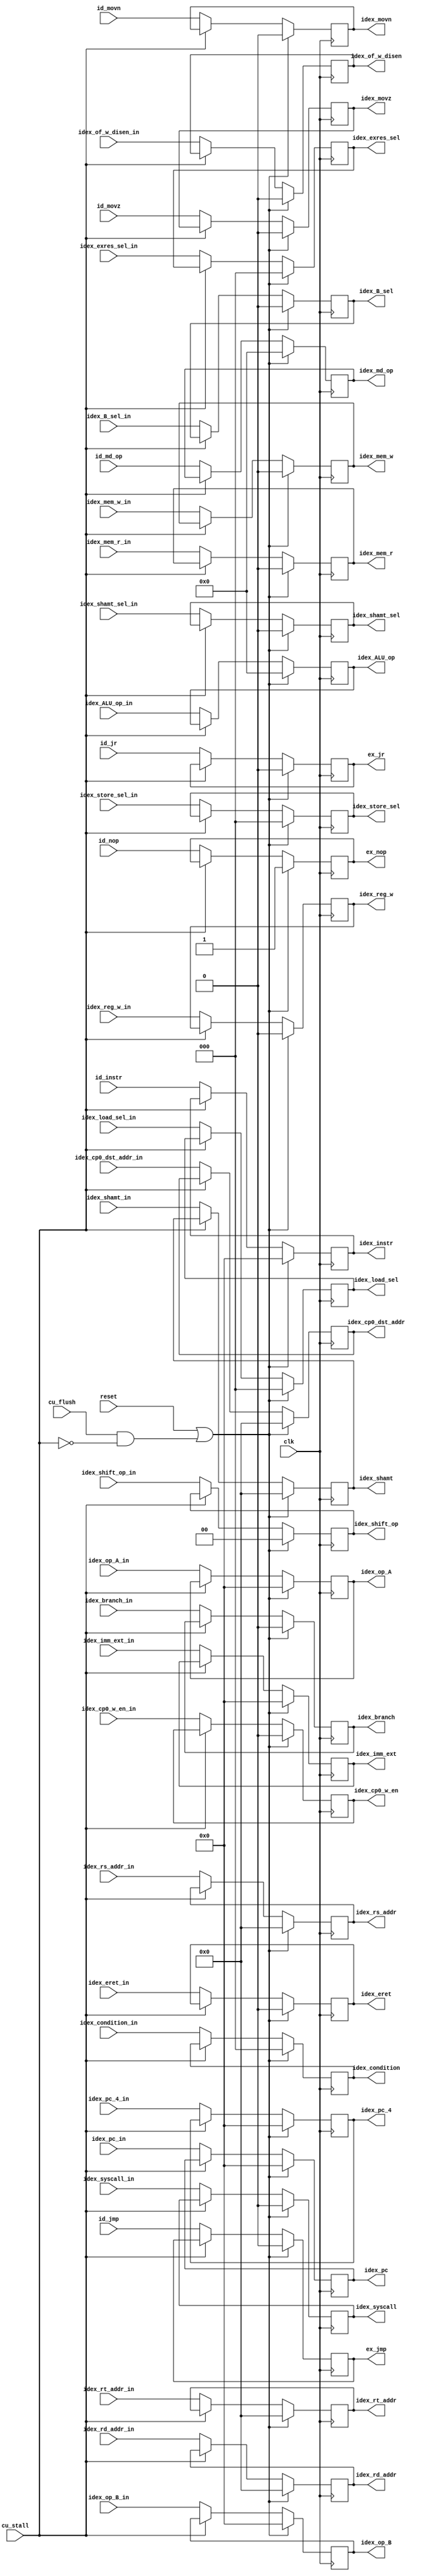
`timescale 1ns / 1ps
//////////////////////////////////////////////////////////////////////////////////
// Company: 
// 
// Design Name: 
// Module Name: idex_reg
// Project Name: 
// Target Devices: 
// Tool Versions: 
// Description: 
// 
// Dependencies: 
// 
// Revision:
// Revision 0.01 - File Created
// Additional Comments:
// 
//////////////////////////////////////////////////////////////////////////////////


module idex_reg( 
    input clk,
    input reset,
    input cu_stall,
    input cu_flush,
    input id_nop,
    input id_jmp,
    input id_jr,
    input idex_mem_w_in,
    input idex_mem_r_in,
    input idex_reg_w_in,
    input idex_branch_in,
    input [2:0] idex_condition_in,
    input idex_of_w_disen_in,
    input [2:0] idex_exres_sel_in,
    input idex_B_sel_in,
    input [3:0] idex_ALU_op_in,
    input idex_shamt_sel_in,
    input [4:0] idex_shamt_in,
    input [1:0] idex_shift_op_in,
    input [31:0] idex_imm_ext_in,
    input [4:0] idex_rd_addr_in,
    input [31:0] idex_pc_in,
    input [31:0] idex_pc_4_in,
    input [2:0] idex_load_sel_in,
    input [2:0] idex_store_sel_in,
    input [31:0] idex_op_A_in,
    input [31:0] idex_op_B_in,
    input [4:0] idex_rs_addr_in,
    input [4:0] idex_rt_addr_in,
    input [4:0] idex_cp0_dst_addr_in,
    input idex_cp0_w_en_in,
    input idex_syscall_in,
    input idex_eret_in,
    input id_movz,
    input id_movn,
    input [3:0]id_md_op,
    input [31:0] id_instr,
    output reg ex_nop,
    output reg ex_jmp,
    output reg ex_jr,
    output reg idex_mem_w,
    output reg idex_mem_r,
    output reg idex_reg_w,
    output reg idex_branch,
    output reg [2:0] idex_condition,
    output reg idex_of_w_disen,
    output reg [2:0] idex_exres_sel,
    output reg idex_B_sel,
    output reg [3:0] idex_ALU_op,
    output reg idex_shamt_sel,
    output reg [4:0] idex_shamt,
    output reg [1:0] idex_shift_op,
    output reg [31:0] idex_imm_ext,
    output reg [4:0] idex_rd_addr,
    output reg [31:0] idex_pc,
    output reg [31:0] idex_pc_4,
    output reg [2:0] idex_load_sel,
    output reg [2:0] idex_store_sel,
    output reg [31:0] idex_op_A,
    output reg [31:0] idex_op_B,
    output reg [4:0] idex_rs_addr,
    output reg [4:0] idex_rt_addr,
    output reg [4:0] idex_cp0_dst_addr,
    output reg idex_movz,
    output reg idex_movn,
    output reg idex_cp0_w_en,
    output reg idex_syscall,
    output reg idex_eret,
    output reg [3:0] idex_md_op,
    output reg [31:0] idex_instr
    );
    
    always @(negedge clk) begin
        if(reset || (cu_flush && !cu_stall)) begin
            idex_md_op <= 4'd0;
            idex_mem_w <= 1'd0;
            idex_mem_r <= 1'd0;
            idex_reg_w <= 1'd0;
            idex_branch <= 1'd0;
            idex_condition <= 3'd0;
            idex_of_w_disen <= 1'd0;
            idex_exres_sel <= 3'd0;
            idex_B_sel <= 1'd0;
            idex_ALU_op <= 4'd0;
            idex_shamt_sel <= 1'd0;
            idex_shamt <= 5'd0;
            idex_shift_op <= 2'd0;
            idex_imm_ext <= 32'd0;
            idex_rd_addr <= 5'd0;
            idex_pc <= 32'd0;
            idex_pc_4 <= 32'd0;
            idex_load_sel <= 3'd0;
            idex_store_sel <= 3'd0;
            idex_op_A <= 32'd0;
            idex_op_B <= 32'd0;
            idex_rs_addr <= 5'd0;
            idex_rt_addr <= 5'd0;
            idex_cp0_dst_addr <= 5'd0;
            idex_cp0_w_en <= 1'd0;
            idex_syscall <= 1'd0;
            idex_eret <= 1'd0;
            idex_movz <= 1'b0;
            idex_movn <= 1'b0;
            ex_nop <= 1'b1;
            ex_jmp <= 1'b0;
            ex_jr  <= 1'b0;
            idex_instr <= 32'd0;
        end
        else if(!cu_stall) begin
            idex_md_op <= id_md_op;
            idex_mem_w<= idex_mem_w_in;
            idex_mem_r<= idex_mem_r_in;
            idex_reg_w<=idex_reg_w_in;
            idex_branch<=idex_branch_in;
            idex_condition<=idex_condition_in;
            idex_of_w_disen<= idex_of_w_disen_in;
            idex_exres_sel<=idex_exres_sel_in;
            idex_B_sel<= idex_B_sel_in;
            idex_ALU_op<=idex_ALU_op_in;
            idex_shamt_sel<= idex_shamt_sel_in;
            idex_shamt<=idex_shamt_in;
            idex_shift_op<=idex_shift_op_in;
            idex_imm_ext<=idex_imm_ext_in;
            idex_rd_addr<= idex_rd_addr_in;
            idex_pc<= idex_pc_in;
            idex_pc_4<=idex_pc_4_in;
            idex_load_sel<= idex_load_sel_in;
            idex_store_sel<=idex_store_sel_in;
            idex_op_A<=idex_op_A_in;
            idex_op_B<=idex_op_B_in;
            idex_rs_addr<= idex_rs_addr_in;
            idex_rt_addr<= idex_rt_addr_in;
            idex_cp0_dst_addr<= idex_cp0_dst_addr_in;
            idex_cp0_w_en<=idex_cp0_w_en_in;
            idex_syscall<=idex_syscall_in;
            idex_eret<=idex_eret_in;
            idex_movz <= id_movz;
            idex_movn <= id_movn;
            ex_nop <= id_nop;
            ex_jmp <= id_jmp;
            ex_jr  <= id_jr;
            idex_instr <= id_instr;
        end
    end
endmodule